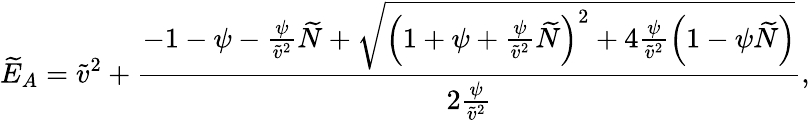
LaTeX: \widetilde{E}_{A}=\widetilde{v}^{2}+\frac{-1-\psi-\frac{\psi}{\widetilde{v}^{2}}\widetilde{N}+\sqrt{\left(1+\psi+\frac{\psi}{\widetilde{v}^{2}}\widetilde{N}\right)^{2}+4\frac{\psi}{\widetilde{v}^{2}}\left(1-\psi\widetilde{N}\right)}}{2\frac{\psi}{\widetilde{v}^{2}}},